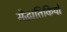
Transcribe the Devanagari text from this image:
सैद्धांतिकियों